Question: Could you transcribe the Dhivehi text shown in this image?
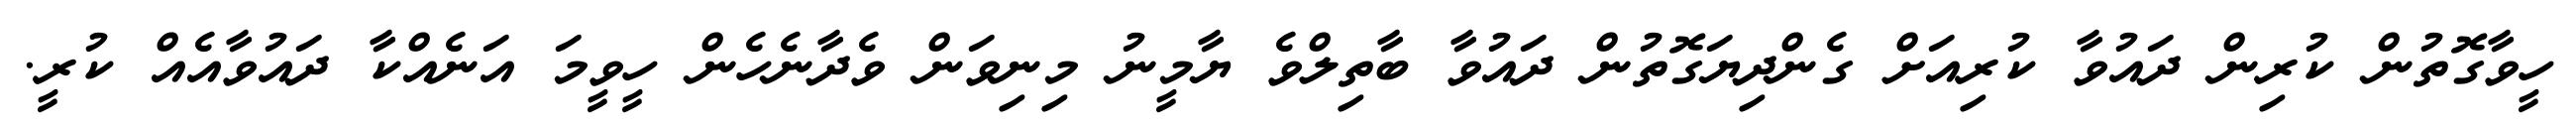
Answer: ހީވާގޮތުން ކުރިން ދައުވާ ކުރިއަށް ގެންދިޔަގޮތުން ދައުވާ ބާތިލްވެ ޔާމީނު މިނިވަން ވެދާނެހެން ހީވީމަ އަނެއްކާ ދައުވާއެއް ކުރީ.